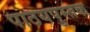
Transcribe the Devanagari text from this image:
पाठयपुस्तक